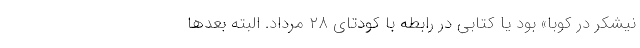
نیشکر در کوبا» بود یا کتابی در رابطه با کودتای ۲۸ مرداد. البته بعدها